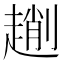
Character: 𠠄